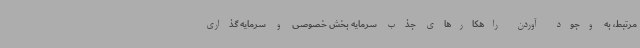
مرتبط، به وجود آوردن راهکارهای جذب سرمایه بخش خصوصی و سرمایه گذاری